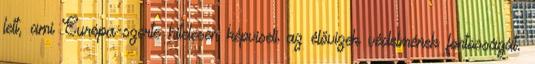
lett, ami Európa-szerte hitelesen képviseli az élővizek védelmének fontosságát.